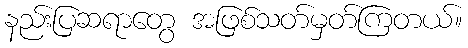
နည်းပြဆရာတွေ အဖြစ်သတ်မှတ်ကြတယ်။